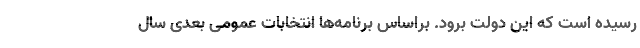
رسیده است که این دولت برود. براساس برنامه‌ها انتخابات عمومی بعدی سال